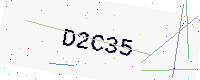
Text: D2C35